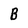
Character: B